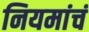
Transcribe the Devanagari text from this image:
नियमांचं